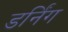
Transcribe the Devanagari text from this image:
डर्निंग